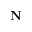
\mathbf { N }